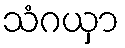
သံဂယှာ